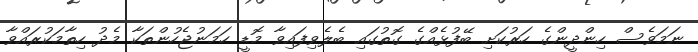
ނަމަވެސް ހިންދީންގެ ހަރުކަށި ބޭފުޅެއްގެ ގޮތުގައި ބެލެވިފައިވާ މޮޑީ ހަމަނުޖެހުންތަކާ މެދު ހިތާމަކުރައްވާ